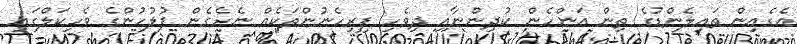
އެގެއިން ތައިލެންޑުގެ ތިން އަންހެން ކުދިންނާއި ދިވެހި ފިރިހެނުންތަކެއް ނެރެގެން ފުލުހުންގެ ވެހިކަލްގައި